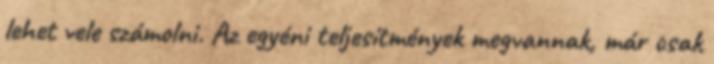
lehet vele számolni. Az egyéni teljesítmények megvannak, már csak